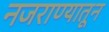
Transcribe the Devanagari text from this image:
नजराण्यातून